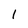
Character: l